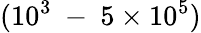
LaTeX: (10^{3}~-~5\times 10^{5})